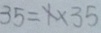
3 5 = x \times 3 5